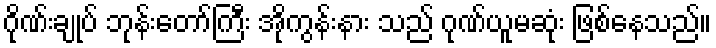
ဂိုဏ်းချုပ် ဘုန်းတော်ကြီး အိုကွန်းနား သည် ဂုဏ်ယူမဆုံး ဖြစ်နေသည်။